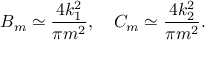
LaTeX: B _ { m } \simeq \frac { 4 k _ { 1 } ^ { 2 } } { \pi m ^ { 2 } } , \ \ \ C _ { m } \simeq \frac { 4 k _ { 2 } ^ { 2 } } { \pi m ^ { 2 } } .